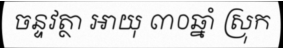
ចន្ទវត្ថា អាយុ ៣០ឆ្នាំ ស្រុក